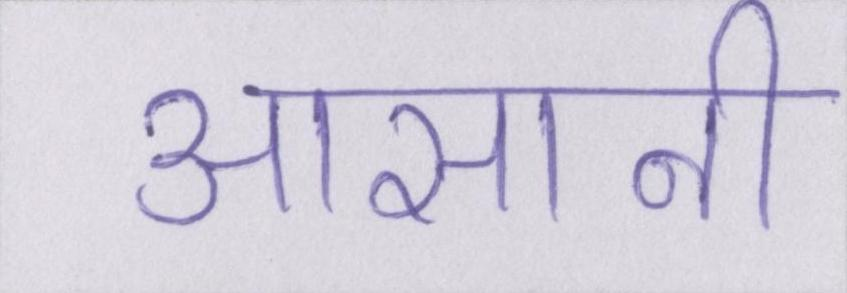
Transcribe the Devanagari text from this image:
आसानी